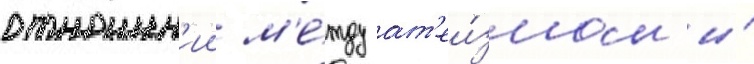
отношен'ии м'е́жду ат'еи́змом и́